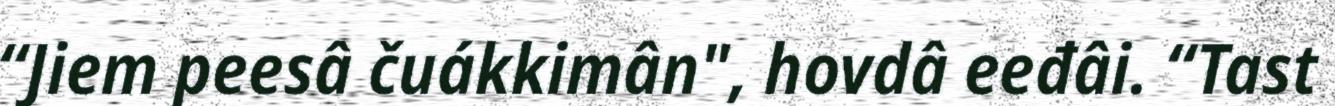
“Jiem peesâ čuákkimân", hovdâ eeđâi. “Tast